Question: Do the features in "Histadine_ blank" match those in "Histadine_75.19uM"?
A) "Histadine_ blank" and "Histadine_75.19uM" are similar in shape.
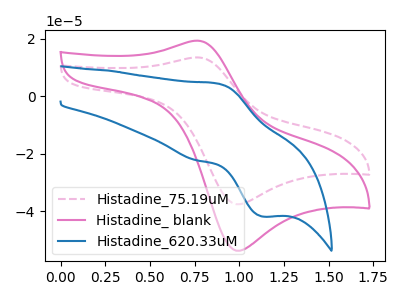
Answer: <think>The pink dashed curve "Histadine_75.19uM" has an anodic peak at (0.75V, 13.55uA) and a cathodic peak at (1.00V, -37.55uA). The pink curve "Histadine_ blank" has an anodic peak at (0.75V, 19.35uA) and a cathodic peak at (1.00V, -53.70uA). The blue curve "Histadine_620.33uM" has an anodic peak at (0.90V, 4.45uA) and a cathodic peak at (1.15V, -41.85uA).
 All the peaks in "Histadine_ blank" have a peak in "Histadine_75.19uM" at the same potential. Every peak in "Histadine_ blank" is higher than every peak in "Histadine_75.19uM".</think>
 <answer>A) "Histadine_ blank" and "Histadine_75.19uM" are similar in shape.</answer>
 <eval>A</eval>